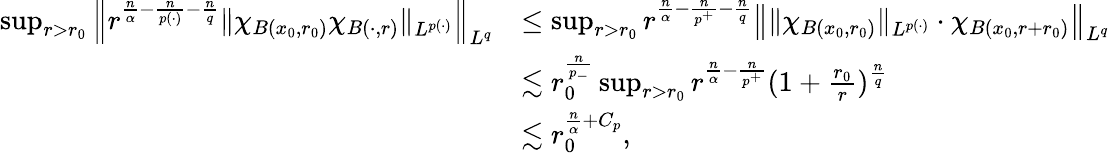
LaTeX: \begin{array}{rl}{\operatorname*{sup}_{r>r_{0}}\left\| r^{\frac{n}{\alpha}-\frac{n}{p(\cdot)}-\frac{n}{q}}\| \chi_{B(x_{0},r_{0})}\chi_{B(\cdot,r)}\| _{L^{p(\cdot)}}\right\| _{L^{q}}}&{\le\operatorname*{sup}_{r>r_{0}}r^{\frac{n}{\alpha}-\frac{n}{p^{+}}-\frac{n}{q}}\left\| \| \chi_{B(x_{0},r_{0})}\| _{L^{p(\cdot)}}\cdot\chi_{B(x_{0},r+r_{0})}\right\| _{L^{q}}}\\ &{\lesssim r_{0}^{\frac{n}{p_{-}}}\operatorname*{sup}_{r>r_{0}}r^{\frac{n}{\alpha}-\frac{n}{p^{+}}}(1+\frac{r_{0}}{r})^{\frac{n}{q}}}\\ &{\lesssim r_{0}^{\frac{n}{\alpha}+C_{p}},}\end{array}